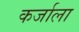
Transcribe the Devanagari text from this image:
कर्जाला